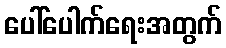
ပေါ်ပေါက်ရေးအတွက်